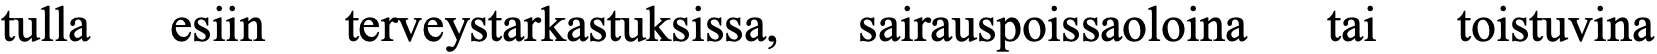
tulla esiin terveystarkastuksissa, sairauspoissaoloina tai toistuvina